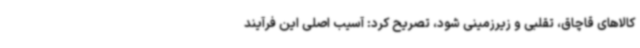
کالاهای قاچاق، تقلبی و زیرزمینی شود، تصریح کرد: آسیب اصلی این فرآیند